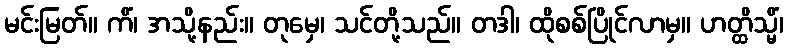
မင်းမြတ်။ ကိံ၊ အသို့နည်း။ တုမှေ၊ သင်တို့သည်။ တဒါ၊ ထိုစစ်ပြိုင်လာမှ။ ဟတ္ထိသ္မိံ၊